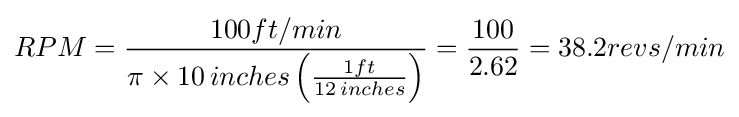
RPM={100ft/min \over \pi \times 10\,inches\left({\frac {1ft}{12\,inches}}\right)}={100 \over 2.62}=38.2revs/min